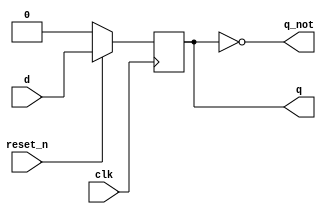

module d_ff_sync_rstn(
	input reset_n,
    input clk,
    input d,
	output reg q,
    output q_not
    );
	
	// The D-Flip Flop has a positive edge clock
	// reset_n is synchronous with the clk signal
	// Use non-blocking operator for sequential logic
	always @(posedge clk) begin
	    if (!reset_n)
		    q <= 1'b0;
	    else
		    q <= d;  
	end
	
	assign q_not = ~q;
	
endmodule